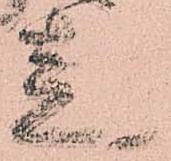
走